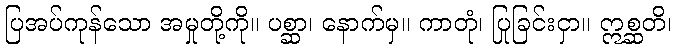
ပြအပ်ကုန်သော အမှုတို့ကို။ ပစ္ဆာ၊ နောက်မှ။ ကာတုံ၊ ပြုခြင်းငှာ။ ဣစ္ဆတိ၊